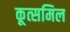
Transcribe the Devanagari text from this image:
कूत्समिल